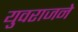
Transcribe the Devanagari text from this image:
युवराजने